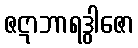
ဇဋာဘာရဒွါဇော